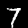
Label: 7